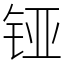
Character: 铔